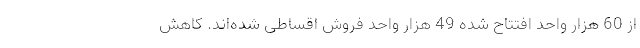
از 60 هزار واحد افتتاح شده 49 هزار واحد فروش اقساطی شده‌اند. کاهش